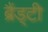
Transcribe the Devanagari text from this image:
ब्रैंड्टी